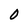
Character: 0